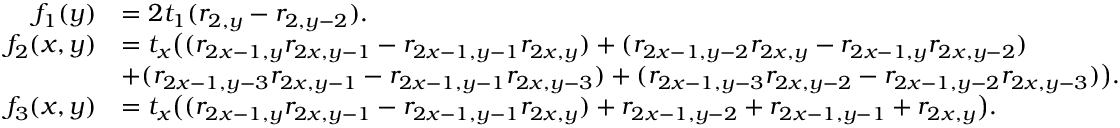
\begin{array} { r l } { f _ { 1 } ( y ) } & { = 2 t _ { 1 } ( r _ { 2 , y } - r _ { 2 , y - 2 } ) . } \\ { f _ { 2 } ( x , y ) } & { = t _ { x } \big ( ( r _ { 2 x - 1 , y } r _ { 2 x , y - 1 } - r _ { 2 x - 1 , y - 1 } r _ { 2 x , y } ) + ( r _ { 2 x - 1 , y - 2 } r _ { 2 x , y } - r _ { 2 x - 1 , y } r _ { 2 x , y - 2 } ) } \\ & { + ( r _ { 2 x - 1 , y - 3 } r _ { 2 x , y - 1 } - r _ { 2 x - 1 , y - 1 } r _ { 2 x , y - 3 } ) + ( r _ { 2 x - 1 , y - 3 } r _ { 2 x , y - 2 } - r _ { 2 x - 1 , y - 2 } r _ { 2 x , y - 3 } ) \big ) . } \\ { f _ { 3 } ( x , y ) } & { = t _ { x } \big ( ( r _ { 2 x - 1 , y } r _ { 2 x , y - 1 } - r _ { 2 x - 1 , y - 1 } r _ { 2 x , y } ) + r _ { 2 x - 1 , y - 2 } + r _ { 2 x - 1 , y - 1 } + r _ { 2 x , y } \big ) . } \end{array}